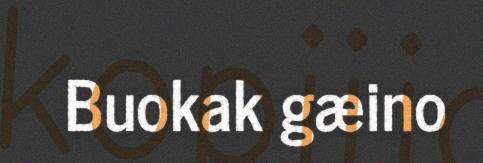
Buokak gæino